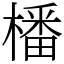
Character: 橎